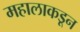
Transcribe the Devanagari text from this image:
महालाकडून